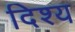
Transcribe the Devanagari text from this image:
दिश्य